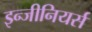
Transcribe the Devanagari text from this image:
इन्जीनियर्स